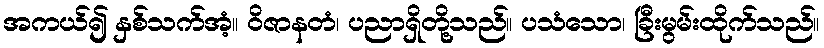
အကယ်၍ နှစ်သက်အံ့။ ဝိဇာနတံ၊ ပညာရှိတို့သည်။ ပသံသော၊ ခြီးမွမ်းထိုက်သည်။